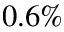
0 . 6 \%